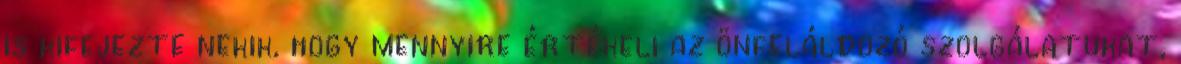
is kifejezte nekik, hogy mennyire értékeli az önfeláldozó szolgálatukat,